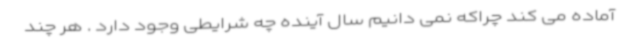
آماده می کند چراکه نمی دانیم سال آینده چه شرایطی وجود دارد . هر چند